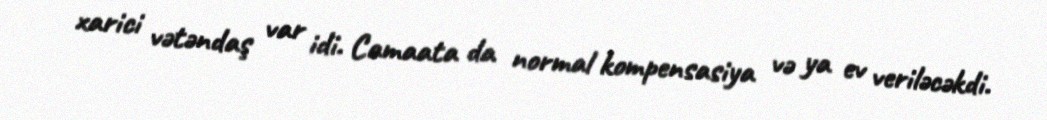
xarici vətəndaş var idi. Camaata da normal kompensasiya və ya ev veriləcəkdi.